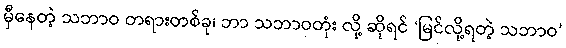
မှီနေတဲ့ သဘာဝ တရားတစ်ခု၊ ဘာ သဘာဝတုံး လို့ ဆိုရင် ‘မြင်လို့ရတဲ့ သဘာဝ’